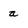
Character: a